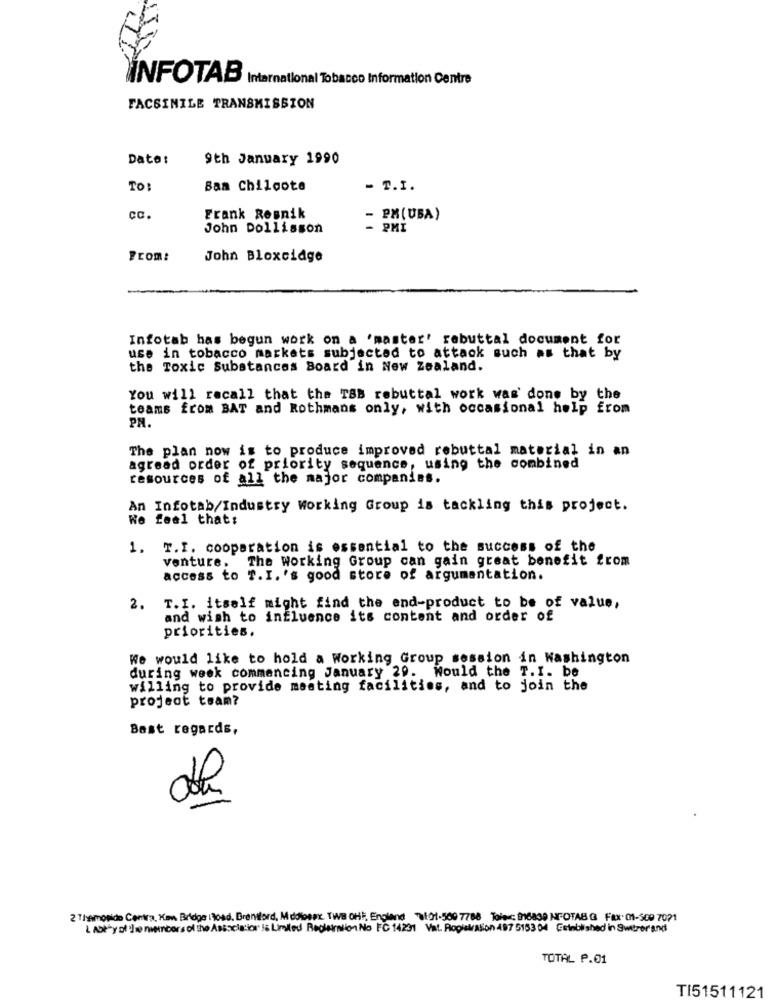
INFOTAB International Tobacco Information Centre
FACSIMILE TRANSMISSION
Dato:
9th January 1990
TO:
Sam Chiloote
- T.I.
cc.
Frank Resnik
- PM(UBA)
John Dollisson
- PMI
From:
John Bloxcidge
Infotab has begun work on a 'master' rebuttal document for
use in tobacco markets subjected to attack such as that by
the Toxic Substances Board in New Zealand.
You will recall that the TBB rebuttal work was' dons by the
teams from BAT and Rothmans only, with occasional help from
PN.
The plan now is to produce improved rebuttal material in an
agreed order of priority sequence, using the combined
resources of all the major companies.
An Infotab/Industry Working Group is tackling this project.
We feel that;
1. T.I. cooperation is essential to the success of the
venture. The Working Group can gain great benefit from
access to T.I. 's good store of argumentation.
2. T.I. itself might find the end-product to be of value,
and wish to influence its content and order of
priorities.
We would like to hold a Working Group session in Washington
during week commencing January 29. Would the T. I. be
willing to provide meeting facilities, and to join the
project team?
Best regards,
2 Themonido Centra, Kan Bridge iRoad. Brentford, M dolosax. TWB OHE, England 3101-509 7788 Tolec 916839 NEOTAB G Fax. 01-509 7021
I Abtry of the members of the Association is Limited Registration No FC 14231 Vat. Roglalation 497 5153 04 Established in Switzerland
TOTAL P.01
TI51511121